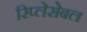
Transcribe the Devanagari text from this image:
रिप्लेसेबल